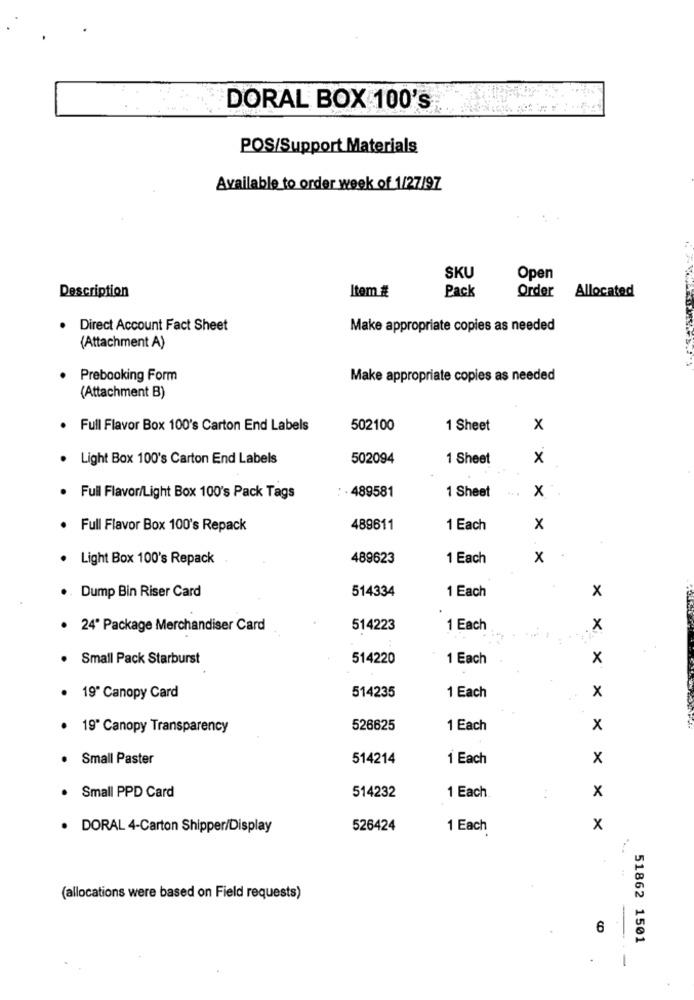
DORAL BOX 100's
POS/Support Materials
Available to order week of 1/27/97
SKU
Open
Description
Item #
Pack
Order
Allocated
.
Direct Account Fact Sheet
Make appropriate copies as needed
(Attachment A)
. Prebooking Form
Make appropriate copies as needed
(Attachment B)
Full Flavor Box 100's Carton End Labels
502100
1 Sheet
x
. Light Box 100's Carton End Labels
502094
1 Sheet
x
- 489581
1 Sheet
x
. Full Flavor/Light Box 100's Pack Tags
Full Flavor Box 100's Repack
489611
1 Each
x
. Light Box 100's Repack
489623
1 Each
x
.. Dump Bin Riser Card
514334
x
1 Each
. 24" Package Merchandiser Card
514223
1 Each
x
. Small Pack Starburst
514220
1 Each
x
x
· 19" Canopy Card
514235
1 Each
19" Canopy Transparency
526625
1 Each
x
· Small Paster
514214
1 Each
x
1 Each
x
. Small PPD Card
514232
· DORAL 4-Carton Shipper/Display
526424
1 Each
x
(allocations were based on Field requests)
6
51862 1501
-